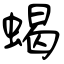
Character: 蝎